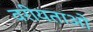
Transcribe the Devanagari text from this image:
वरीयताओ